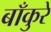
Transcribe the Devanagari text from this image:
बाँकुरे